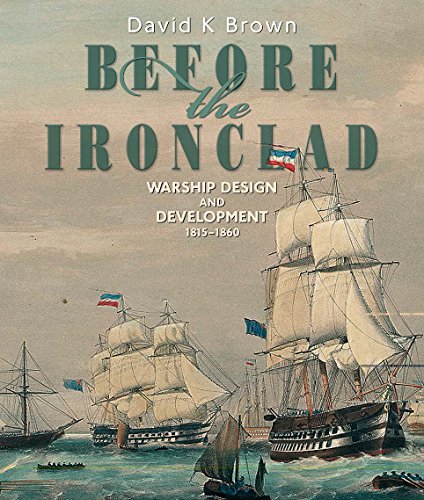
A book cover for Before the Ironclad: Warship Design and Development, 1815-1860; David K. Brown; Engineering & Transportation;